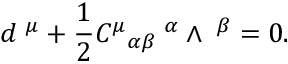
d { \bf \tau } ^ { \mu } + \frac { 1 } { 2 } { C ^ { \mu } } _ { \alpha \beta } { \bf \tau } ^ { \alpha } \wedge { \bf \tau } ^ { \beta } = 0 .